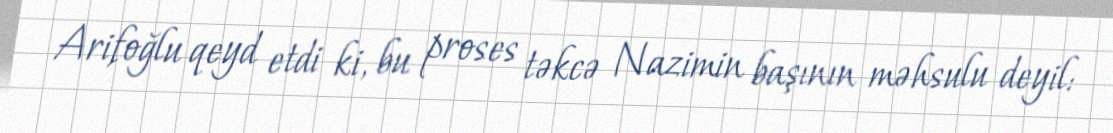
Arifoğlu qeyd etdi ki, bu proses təkcə Nazimin başının məhsulu deyil: